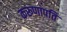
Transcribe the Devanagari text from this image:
करूणापति